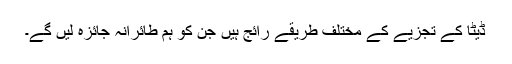
ڈیٹا کے تجزیے کے مختلف طریقے رائج ہیں جن کو ہم طائرانہ جائزہ لیں گے۔